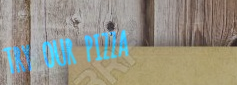
TRY OUR PIZZA